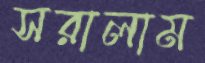
সরালাম